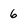
Character: 6